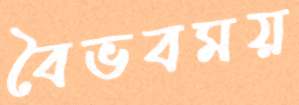
বৈভবময়